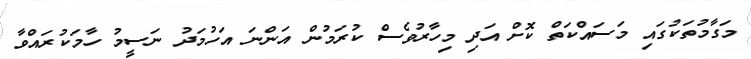
މަގާމުތަކުގައި މަސައްކަތް ކޮށް އަދި މިހާރުވެސް ކުރަމުން އަންނަ އަހުމަދު ނަސީމު ހާމަކުރައްވާ